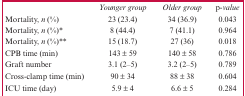
<table><thead><tr><td></td><td><b><i>Younger group</i></b></td><td><b><i>Older group</i></b></td><td><b><i>p-value</i></b></td></tr></thead><tbody><tr><td>Mortality, n (%)</td><td>23 (23.4)</td><td>34 (36.9)</td><td>0.043</td></tr><tr><td>Mortality, n (%)*</td><td>8 (44.4)</td><td>7 (41.1)</td><td>0.964</td></tr><tr><td>Mortality, n (%)**</td><td>15 (18.7)</td><td>27 (36)</td><td>0.018</td></tr><tr><td>CPB time (min)</td><td>143 ± 59</td><td>140 ± 58</td><td>0.786</td></tr><tr><td>Graft number</td><td>3.1 (2–5)</td><td>3.2 (2–5)</td><td>0.789</td></tr><tr><td>Cross-clamp time (min)</td><td>90 ± 34</td><td>88 ± 38</td><td>0.604</td></tr><tr><td>ICU time (day)</td><td>5.9 ± 4</td><td>6.6 ± 5</td><td>0.284</td></tr></tbody></table>